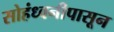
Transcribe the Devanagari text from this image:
सोहंध्वनीपासून